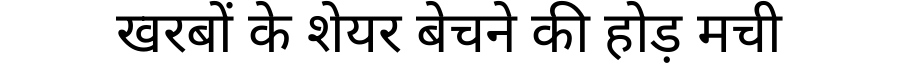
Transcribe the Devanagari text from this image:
खरबों के शेयर बेचने की होड़ मची